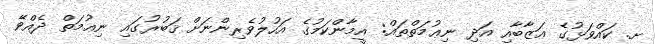
ށ. ކައްވަޅުގެ ޢަޒާބާއި އަދި ނިޢުމަތްތައް: އީމާންކަމުގެ އަހުލުވެރިންނަށް ޤަބުރުގައި ނިޢުމަތް ދެއްވޭ